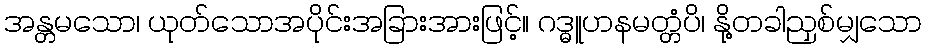
အန္တမသော၊ ယုတ်သောအပိုင်းအခြားအားဖြင့်။ ဂဒ္ဓူဟနမတ္တံပိ၊ နို့တခါညှစ်မျှသော